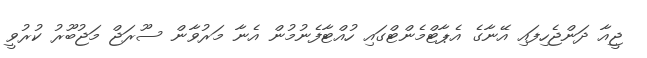
ޖީއާ ދަންޖެހިފައި އޭނާގެ އެޕާޓްމެންޓްގައި ހުއްޓާފެނުމުން އެނާ މަރުވާން ސޫރަޖް މަޖުބޫރު ކުރުވީ